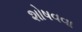
શોષવવા